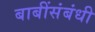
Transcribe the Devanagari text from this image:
बाबींसंबंधी